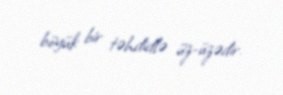
böyük bir təhdidlə üz-üzədir.